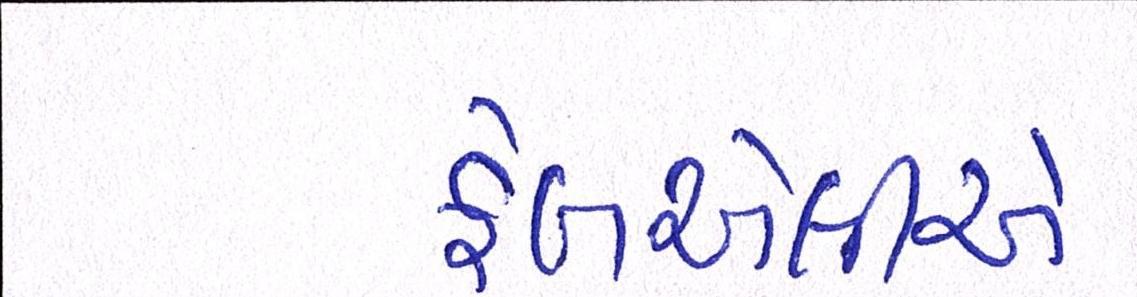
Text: ફેબએલીએ